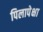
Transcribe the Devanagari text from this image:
पिलापेक्षा